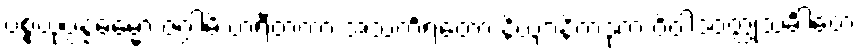
ပစ္စယုပ္ပန္နဓမ္မော ဇဂ္ဂါမိ ဟရီတကာ အသင်္ကရတော နိယျာနိကဒုကံ ဝိဝါဒဝတ္ထုသင်္ခါတေ